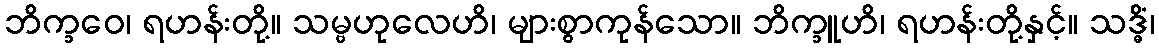
ဘိက္ခဝေ၊ ရဟန်းတို့။ သမ္ဗဟုလေဟိ၊ များစွာကုန်သော။ ဘိက္ခူဟိ၊ ရဟန်းတို့နှင့်။ သဒ္ဓိံ၊